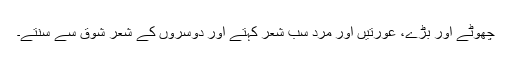
چھوٹے اور بڑے، عورتیں اور مرد سب شعر کہتے اور دوسروں کے شعر شوق سے سنتے۔